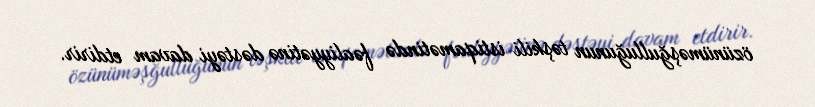
özünüməşğulluğunun təşkili istiqamətində fəaliyyətinə dəstəyi davam etdirir.